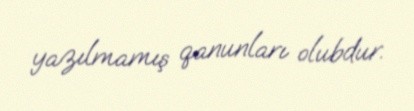
yazılmamış qanunları olubdur.